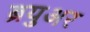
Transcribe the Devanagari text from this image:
ब्रयुअर